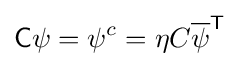
{\mathsf {C}}\psi =\psi ^{c}=\eta C{\overline {\psi }}^{\textsf {T}}